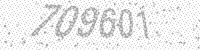
Solution: 709601